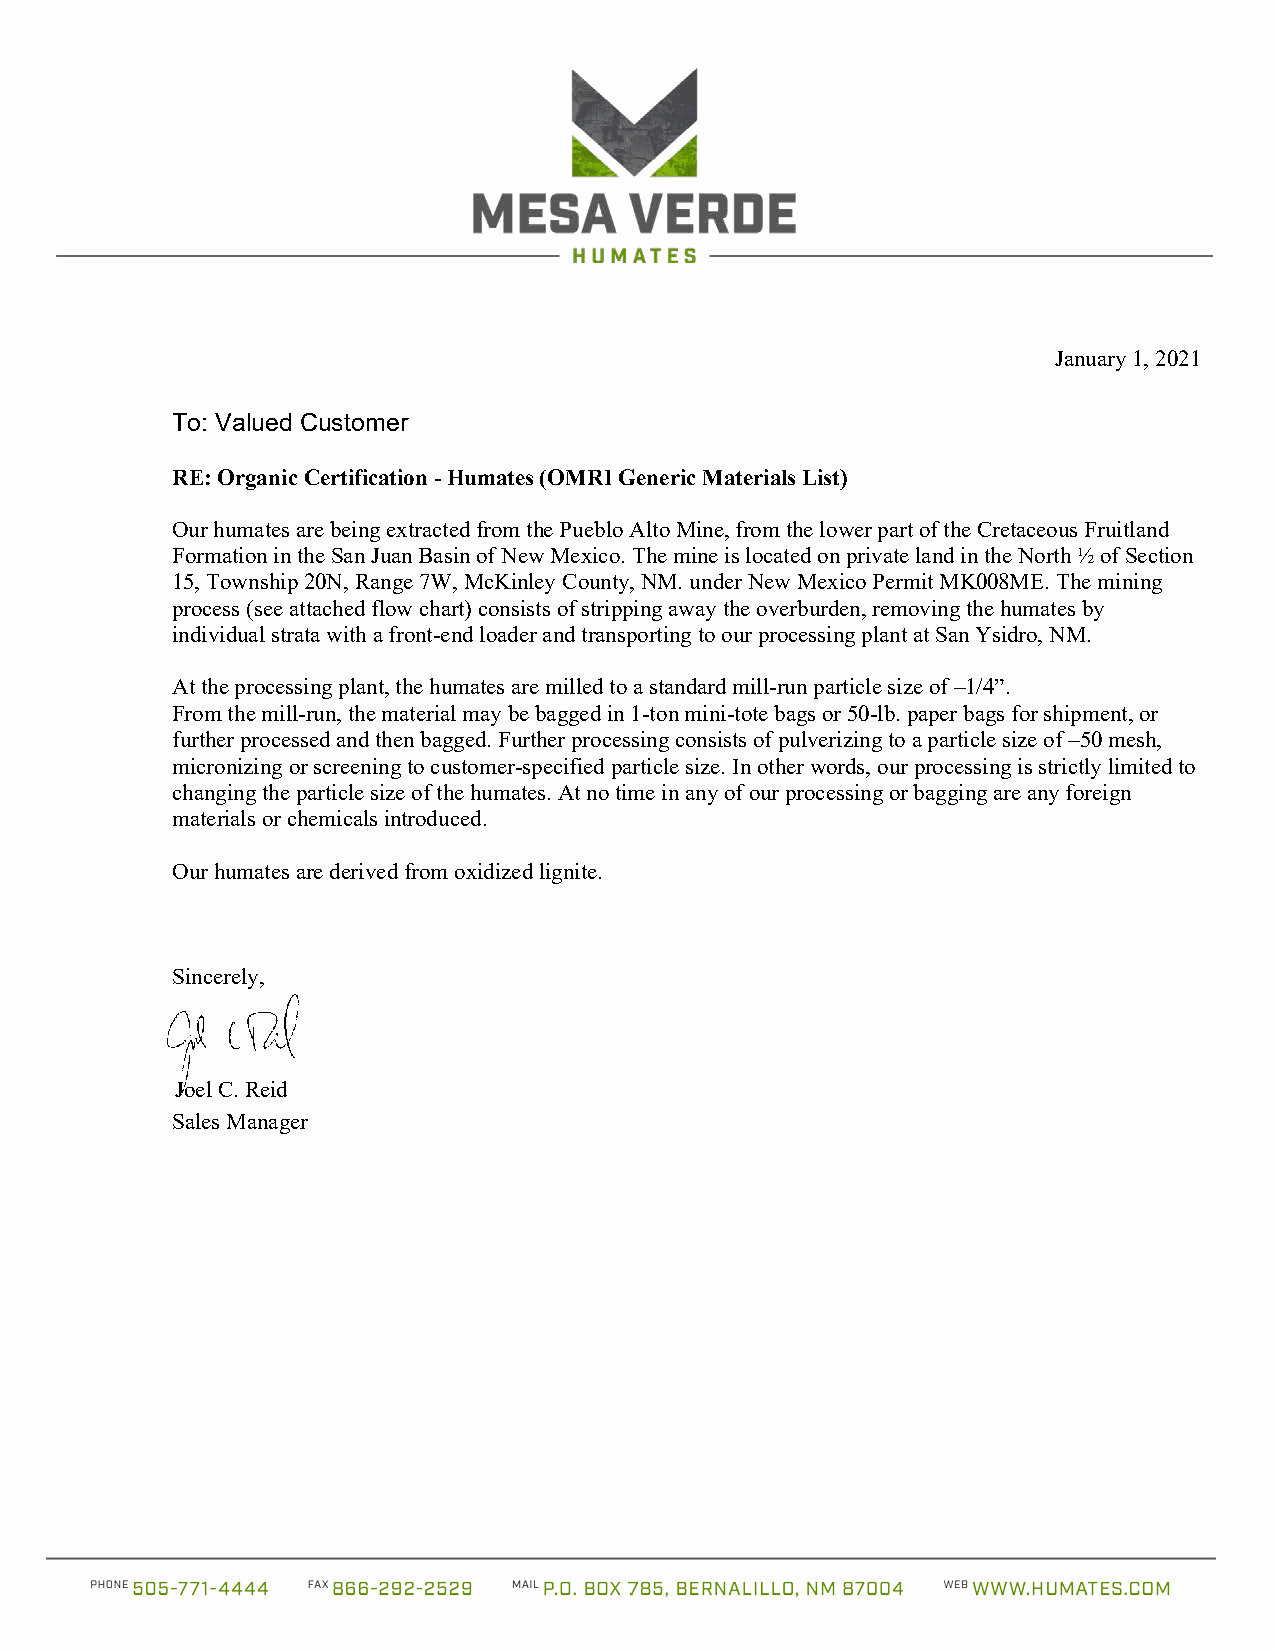
January 1, 2021
 To: Valued Customer
 RE: Organic Certification - Humates (OMRI Generic Materials List)
 Our humates are being extracted from the Pueblo Alto Mine, from the lower part of the Cretaceous Fruitland
 Formation in the San Juan Basin of New Mexico. The mine is located on private land in the North ½ of Section
 15, Township 20N, Range 7W, McKinley County, NM. under New Mexico Permit MK008ME. The mining
 process (see attached flow chart) consists of stripping away the overburden, removing the humates by
 individual strata with a front-end loader and transporting to our processing plant at San Ysidro, NM.
 At the processing plant, the humates are milled to a standard mill-run particle size of –1/4”.
 From the mill-run, the material may be bagged in 1-ton mini-tote bags or 50-lb. paper bags for shipment, or
 further processed and then bagged. Further processing consists of pulverizing to a particle size of –50 mesh,
 micronizing or screening to customer-specified particle size. In other words, our processing is strictly limited to
 changing the particle size of the humates. At no time in any of our processing or bagging are any foreign
 materials or chemicals introduced.
 Our humates are derived from oxidized lignite.
 Sincerely,
 Joel C. Reid
 Sales Manager